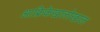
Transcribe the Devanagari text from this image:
आफ्रिकेखालोखाल